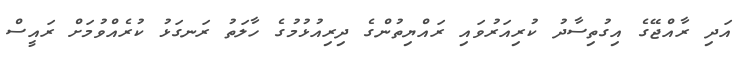
އަދި ރާއްޖޭގެ އިގުތިސާދު ކުރިއަރުވައި ރައްޔިތުންގެ ދިރިއުޅުމުގެ ހާލަތު ރަނގަޅު ކުރެއްވުމަށް ރައީސް